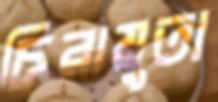
চিরায়ুতা